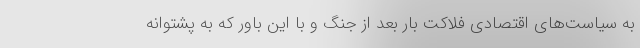
به سیاست‌های اقتصادی فلاکت بار بعد از جنگ و با این باور که به پشتوانه